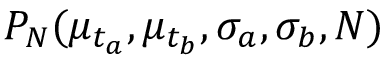
P _ { N } ( \mu _ { t _ { a } } , \mu _ { t _ { b } } , \sigma _ { a } , \sigma _ { b } , N )